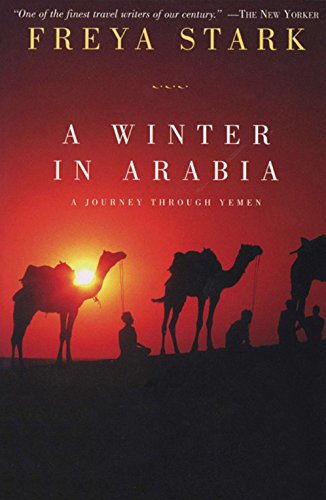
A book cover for A Winter in Arabia: A Journey Through Yemen; Freya Stark; Travel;